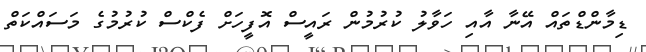
ޑިމާންޑްތައް އޭނާ އާއި ހަވާލު ކުރުމުން ރައީސް އޮފީހަށް ފެކްސް ކުރުމުގެ މަސައްކަތް